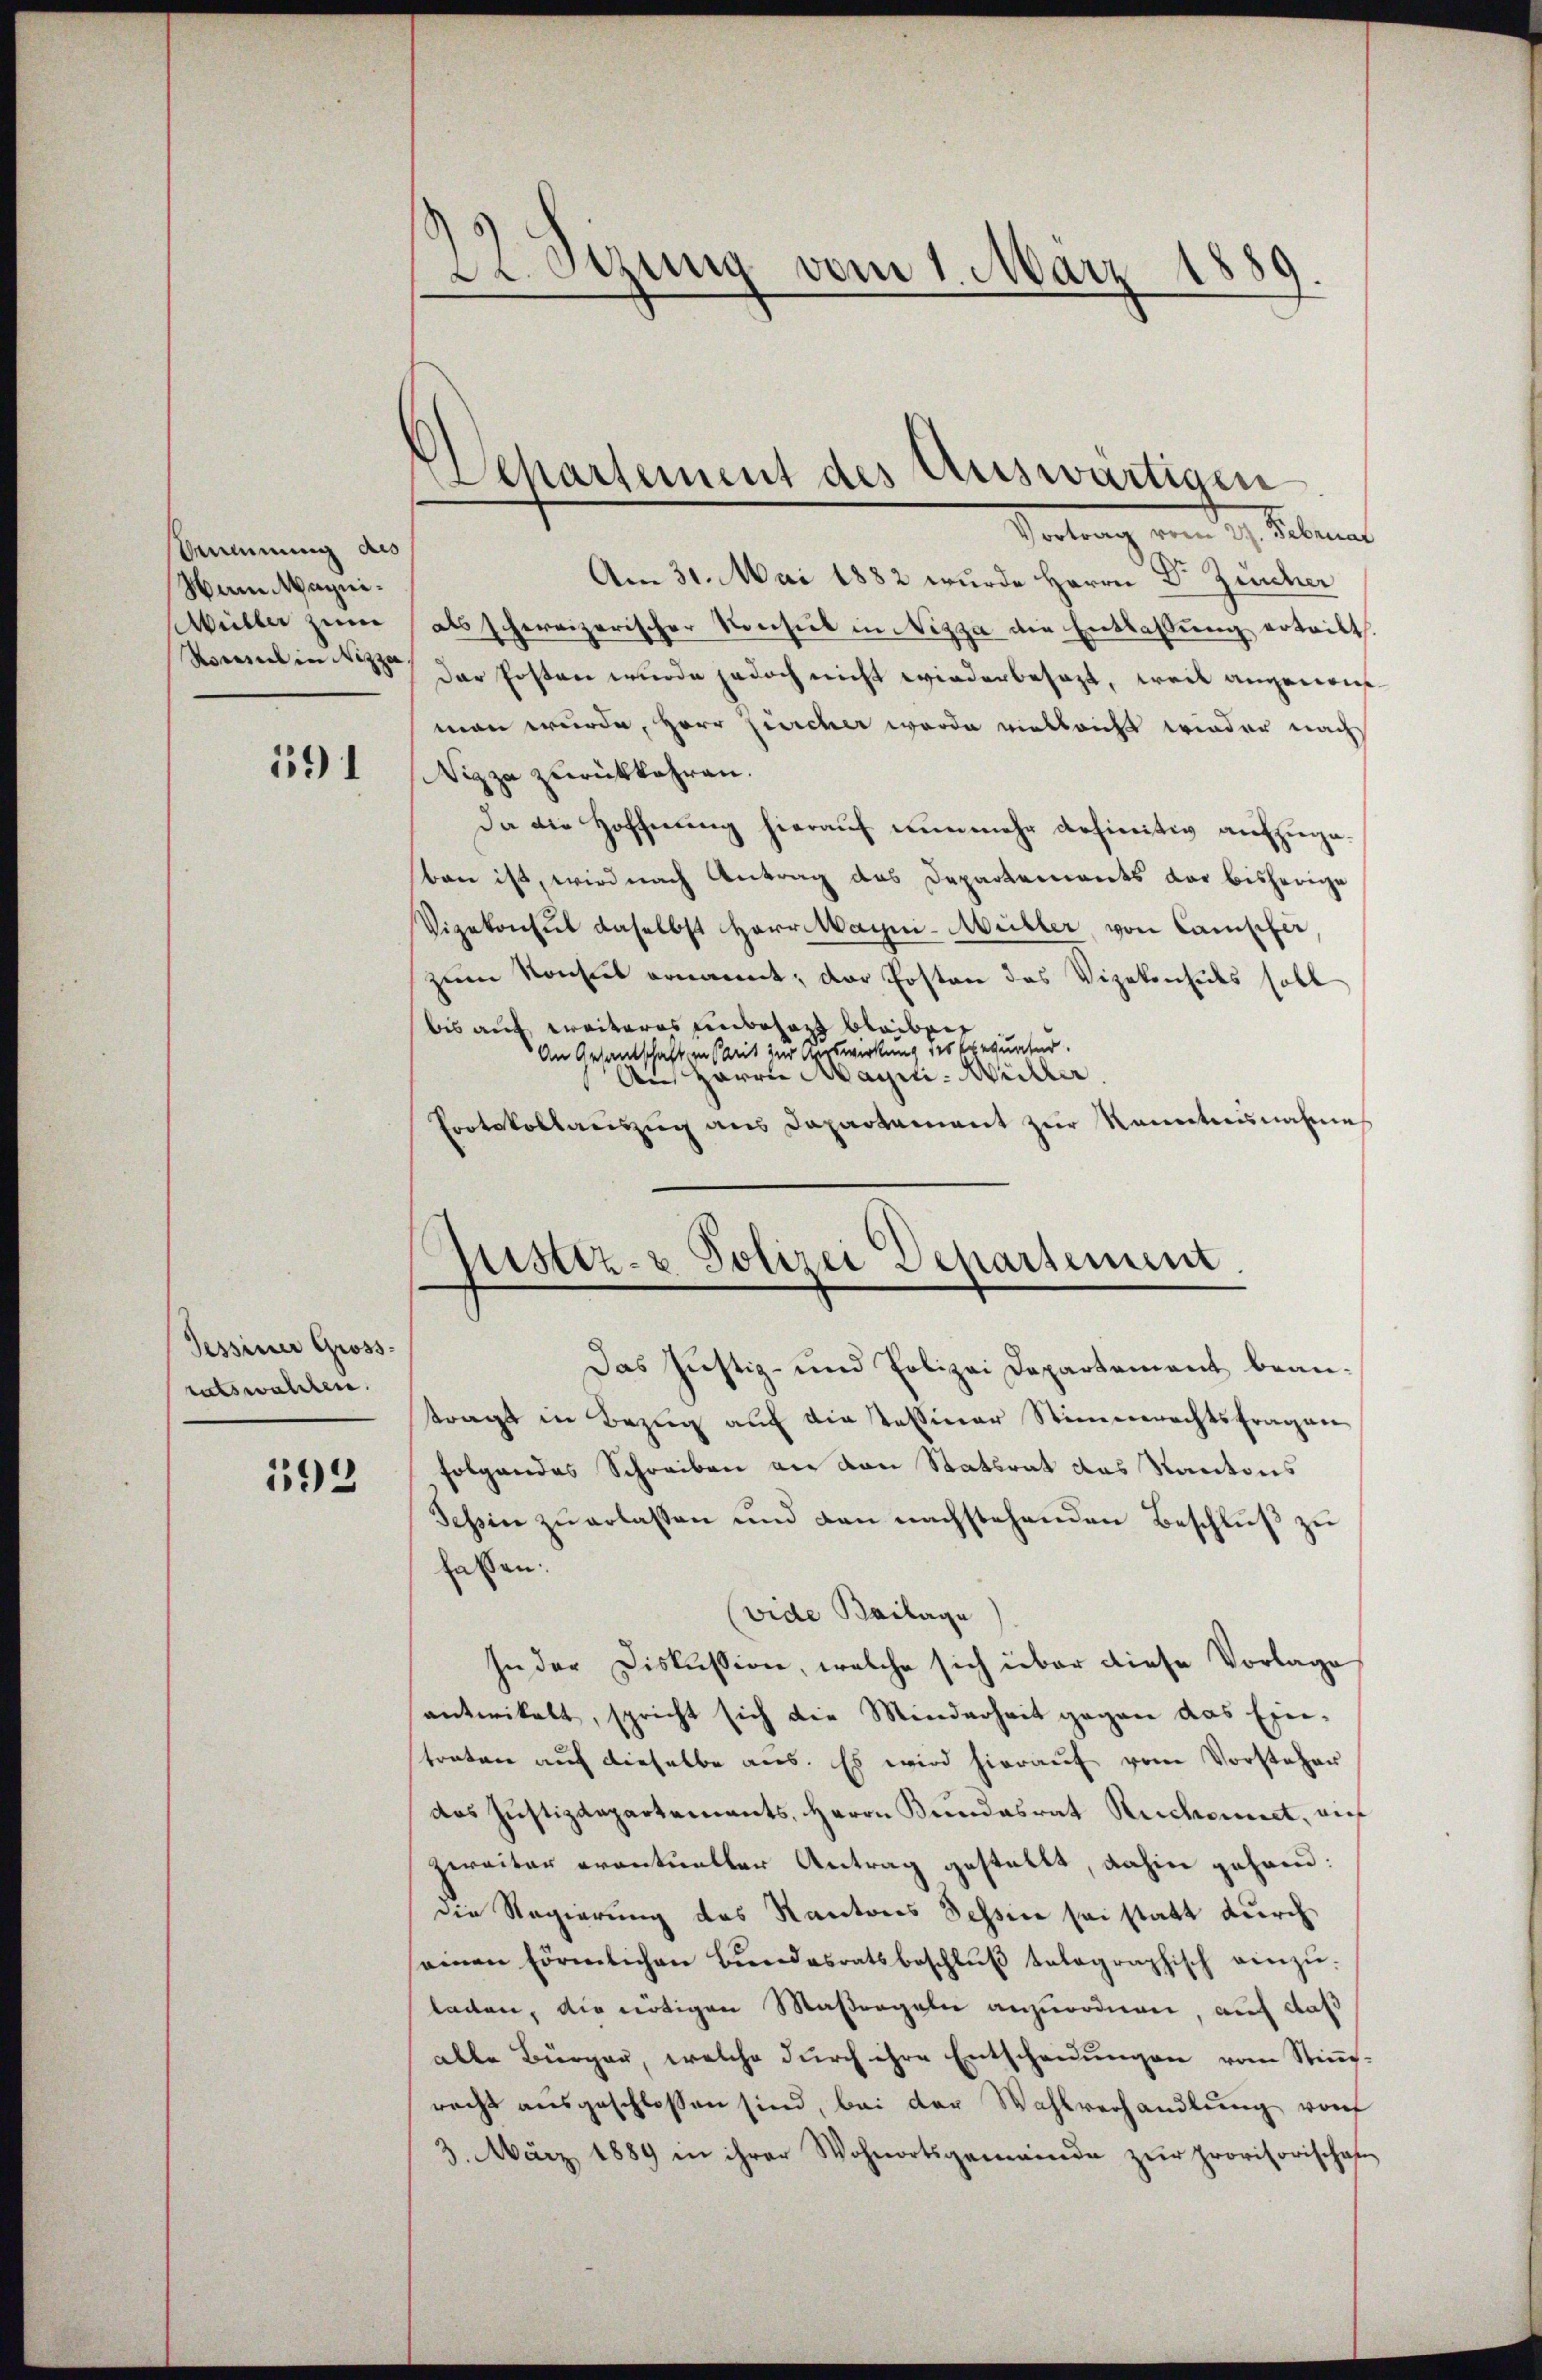
Ammnung des
Nam Magni¬
Müller zum

191

Tessiner Gross-
ratswahlen.

193

22 sezung vom 1. März 1
89.

Departement des Auswärtigen
Vortrag vom 27. Februar

Am 31. Mai 1882 wurde Herrn Dr. Zürcher
als schereizerischer Konsul in Nizza die Entlassung ertritt.
Vorel in der Posten wurde jedoch nicht wiederbesagt, weil angenomman wurde, Herr Zürcher werde vielleicht wieder nach
Nizza zurückkehren.
Da die Hoffnung hierauf nunmehr definitiv aufzugeban ist, wird nach Antrag das Departements der bisherige
Vizekonsul daselbst Herr Magni-Müller von Camischer
zum Konsul ernannt; der Posten das Vizekenheits soll
bis auf weiteres unbesagt bleiben
An Gesantschaft in Parit zur Kerswirkung des Exequatur.
Aus Herrn Magni- Willer
Protokollauszug aus Dapartament zur kanntennahmes

Ristiz- & Polizei Departement

Das Justiz- und Polizei Departement beantragt in Bezŭg aŭf die tessiner Stimmrechtsfragen
folgendes Schreiben an den Statsrat des Kantons
Tessin zŭ erlassen und den nachstehenden Beschlŭβ zŭ
fassen:
(vide Beilage
jn der Diskussion, welche sich über diese Vorlage
antwickelt, spricht sich die Minderheit gegen das Ein-
tratore auf dieselbe aus. Es wird hierauf vom Vorsteher
das Justizdepartements, Herrn Kundesrat Rechannet, auf
zweiter eventueller Antrag gestellt, dahin gehanddie Regierung des Kantons Tessin sei statt durch
seinen förmlichen Bundesratsbeschlŭβ telegraphisch einzŭ-
laden, die nötigen Maßregeln anzuordnen, auf daß
alle Bürger, welche durch ihre Entscheidungen vom Stimm-
recht ausgeschlossen sind, bei der Wahlverhandlung von
3. März 1889 in ihrer Wohnortsgemeinde zŭr provisorischen